Scottish Leaving Certificate Examination, 1960
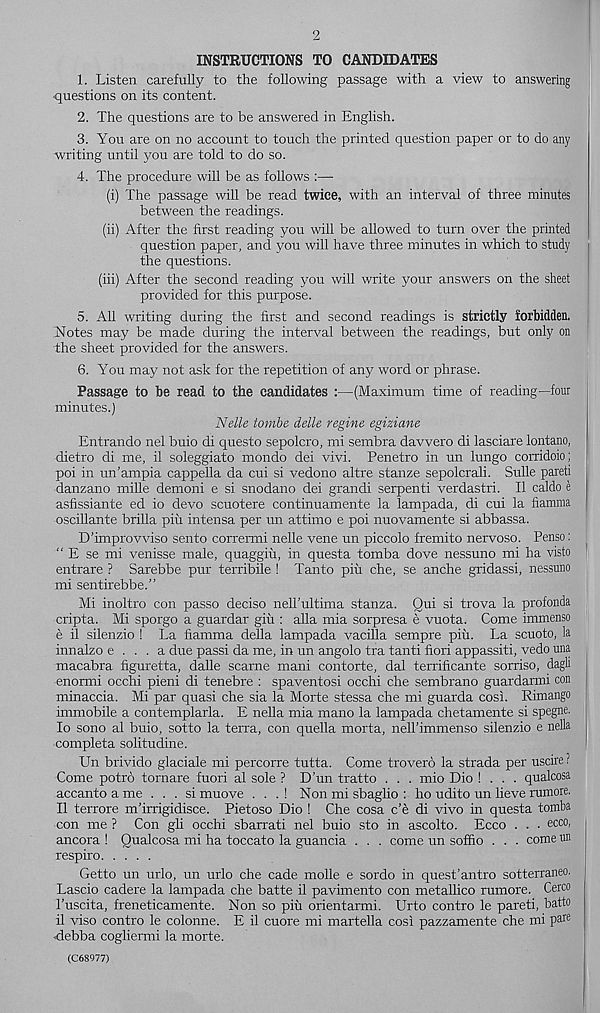
2
INSTRUCTIONS TO CANDIDATES
1. Listen carefully to the following passage with a view to answering
questions on its content.
2. The questions are to be answered in English.
3. You are on no account to touch the printed question paper or to do any
writing until you are told to do so.
4. The procedure will be as follows :—
(i) The passage will be read twice, with an interval of three minutes
between the readings.
(ii) After the first reading you will be allowed to turn over the printed
question paper, and you will have three minutes in which to study
the questions.
(iii) After the second reading you will write your answers on the sheet
provided for this purpose.
5. All writing during the first and second readings is strictly forbidden,
Notes may be made during the interval between the readings, but only on
the sheet provided for the answers.
6. You may not ask for the repetition of any word or phrase.
Passage to be read to the candidates :—(Maximum time of reading—four
minutes.)
Nelle tombe delle regine egiziane
Entrando nel buio di questo sepolcro, mi sembra davvero di lasciare lontano,
dietro di me, il soleggiato mondo dei vivi. Penetro in un lungo corridoio;
poi in un’ampia cappella da cui si vedono altre stanze sepolcrali. Sulle pareti
danzano mille demoni e si snodano dei grandi serpenti verdastri. II caldo e
asfissiante ed io devo scuotere continuamente la lampada, di cui la fiamma
oscillante brilla piu intensa per un attimo e poi nuovamente si abbassa.
D’improvviso sento corrermi nelle vene un piccolo fremito nervoso. Penso:
" E se mi venisse male, quaggiu, in questa tomba dove nessuno mi ha visto
entrare ? Sarebbe pur terribile ! Tanto piu che, se anche gridassi, nessuno
mi sentirebbe.”
Mi inoltro con passo deciso nelTultima stanza. Qui si trova la profonda
cripta. Mi sporgo a guardar giii: alia mia sorpresa e vuota. Come immenso
e il silenzio ! La fiamma della lampada vacilla sempre piil. La scuoto, la
innalzo e . . . a due passi da me, in un angolo tra tanti fiori appassiti, vedo una
macabra figuretta, dalle scarne mani contorte, dal terrificante sorriso, dagli
enormi occhi pieni di tenebre : spaventosi occhi che sembrano guardanni con
minaccia. Mi par quasi che sia la Morte stessa che mi guarda cosi. Rimango
immobile a contemplarla. E nella mia mano la lampada chetamente si spegne.
10 sono al buio, sotto la terra, con quella morta, nelbimmenso silenzio e nella
completa solitudine.
Un brivido glaciale mi percorre tutta. Come trovero la strada per uscire ?
Come potro tornare fuori al sole ? D’un tratto . . . mio Dio ! . . . qualcosa
accanto a me ... si muove . . . ! Non mi sbaglio : ho udito un lieve rumore.
11 terrore m’irrigidisce. Pietoso Dio ! Che cosa c’e di vivo in questa tomba
con me ? Con gli occhi sbarrati nel buio sto in ascolto. Ecco . . . ec c0 ’
ancora ! Qualcosa mi ha toccato la guancia . . . come un sofiio . . . come un
respiro
Getto un urlo, un urlo che cade molle e sordo in quest’antro sotterraneo.
Lascio cadere la lampada che batte il pavimento con metallico rumore. Cerco
1’uscita, freneticamente. Non so piu orientarmi. Urto contro le pareti, batto
il viso contro le colonne. E il cuore mi martella cosi pazzamente che mi pa re
<debba cogliermi la morte.
(C68977)